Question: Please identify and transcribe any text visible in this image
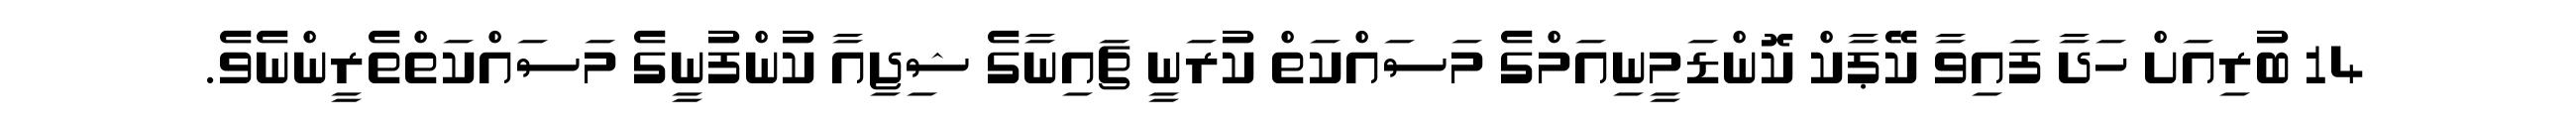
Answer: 14 ބުރިއަށް ހަދާ ފައިވާ ކޭޕާކް ކޮންޑަމީނިއަމްގެ މަސައްކަތް ކުރަނީ ޗައިނާގެ ޝިޖިއާ ކުންފުނީގެ މަސައްކަތްތެރީންނެވެ.